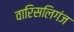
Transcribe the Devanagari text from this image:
वारिसलिगंज